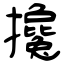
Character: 攙